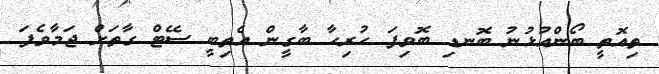
ތިއޮތީ ބޯންއުޅުނު ބޮނޑި ބޮވިފަ ހުރިހާ ބާގީން އެތިބީ ސޭޓް ގާތަށް ޖަމާވެފަ